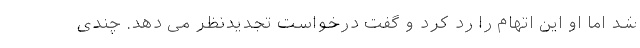
شد اما او این اتهام را رد کرد و گفت درخواست تجدیدنظر می دهد. چندی